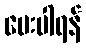
ပေးပါရန်